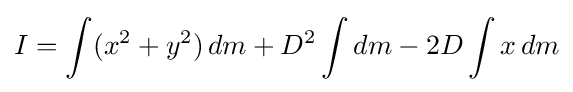
I=\int (x^{2}+y^{2})\,dm+D^{2}\int dm-2D\int x\,dm